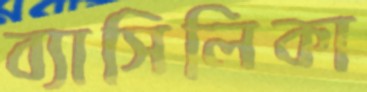
ব্যাসিলিকা